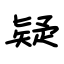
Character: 疑